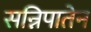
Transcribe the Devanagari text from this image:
सन्निपातेन